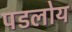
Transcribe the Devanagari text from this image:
पडलोय